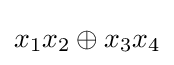
x_{1}x_{2}\oplus x_{3}x_{4}